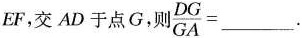
EF，交AD于点G，则 $$\frac { D G } { G A } =$$___.